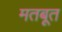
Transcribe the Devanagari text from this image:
मतबूत